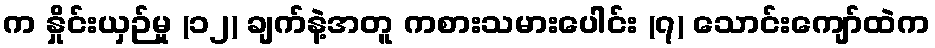
က နှိုင်းယှဉ်မှု (၁၂) ချက်နဲ့အတူ ကစားသမားပေါင်း (၇) သောင်းကျော်ထဲက